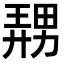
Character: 𪟤